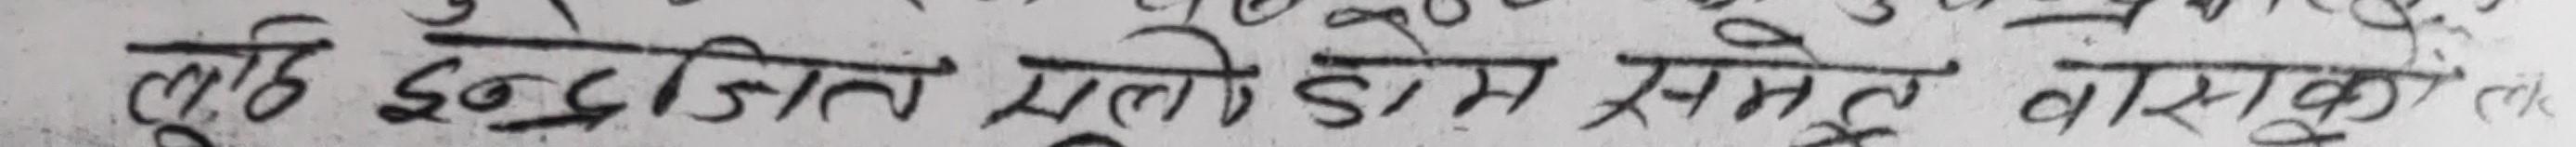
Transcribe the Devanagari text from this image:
कुछ इन्द्रजित मुले होम समेट वास्तुको ले